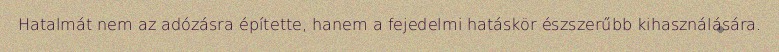
Hatalmát nem az adózásra építette, hanem a fejedelmi hatáskör észszerűbb kihasználására.